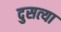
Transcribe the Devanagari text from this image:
दुसत्‍या